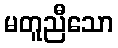
မတူညီသော